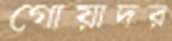
গোয়াদর